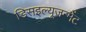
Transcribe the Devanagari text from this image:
डिसइल्यूज़न्मेंट